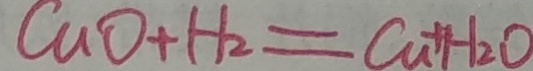
C u O + H _ { 2 } = C u + H _ { 2 } O